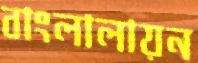
বাংলালায়ন